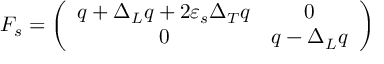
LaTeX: F _ { s } = \left( \begin{array} { c c } { { q + \Delta _ { L } q + 2 \varepsilon _ { s } \Delta _ { T } q } } & { { 0 } } \\ { { 0 } } & { { q - \Delta _ { L } q } } \end{array} \right)